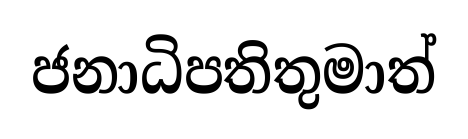
ජනාධිපතිතුමාත්